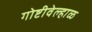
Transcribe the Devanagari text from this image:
गोष्टीवेल्हाळ